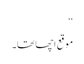
‘‘
موقع اچھا تھا۔